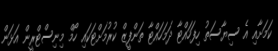
ކަމަށާއި އެ ސިޔާސަތު ހިފަހައްޓާ ދަމަހައްޓާ ތަންފީޒް ކުރުމަށްޓަކައި ހޯމް މިނިސްޓްރީން އަޅަން